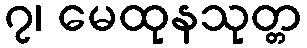
၇၊ မေထုနသုတ္တ